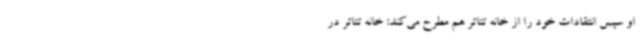
او سپس انتقادات خود را از خانه تئاتر هم مطرح می‌کند: خانه تئاتر در